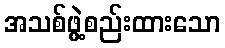
အသစ်ဖွဲ့စည်းထားသော